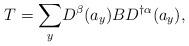
LaTeX: \begin{align*}T=\underset{y}{\sum }D^{\beta }(a_{y})BD^{\dagger \alpha }(a_{y}),\end{align*}